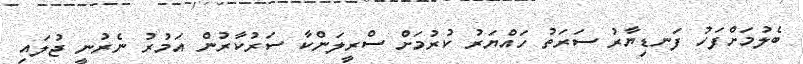
ބެލުމަށްފަހު ފަނޑިޔާރު ސަރަތު ހައްޔަރު ކުރުމަށް ސްރީލަންކާ ސަރުކާރުން އަމުރު ނެރުނީ ޖުލައި